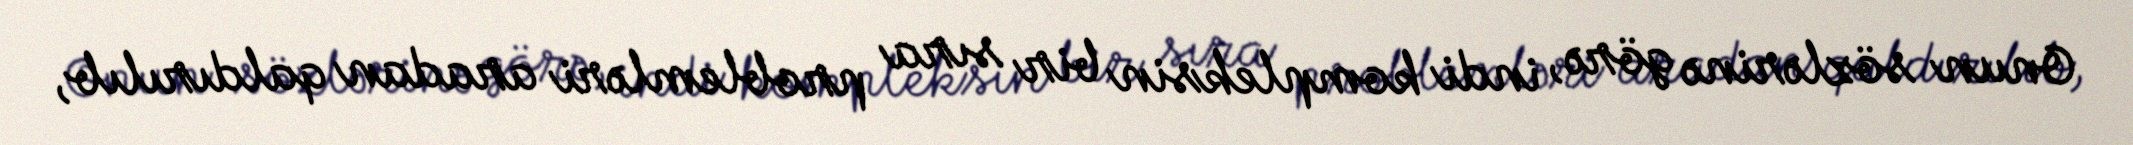
Onun sözlərinə görə, indi kompleksin bir sıra problemləri aradan qaldırılıb,